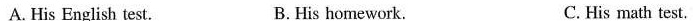
A. His English test. B. His homework. C. His math test.